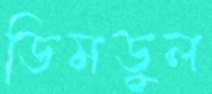
ডিমডুল